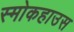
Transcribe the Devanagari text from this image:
स्मोकहाउस